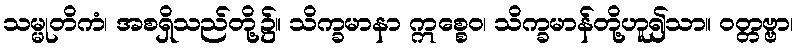
သမ္မုတိကံ၊ အစရှိသည်တို့၌။ သိက္ခမာနာ ဣစ္စေဝ၊ သိက္ခမာန်တို့ဟူ၍သာ။ ဝတ္တဗ္ဗာ၊